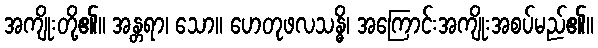
အကျိုးတို့၏။ အန္တရာ၊ သော။ ဟေတုဖလသန္ဓိ၊ အကြောင်းအကျိုးအစပ်မည်၏။